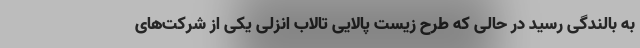
به بالندگی رسید در حالی که طرح زیست پالایی تالاب انزلی یکی از شرکت‌های